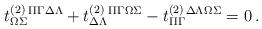
LaTeX: \begin{align*}t^{(2)}_{\Omega\Sigma}{}^{\Pi\Gamma}{}^{\Delta\Lambda} + t^{(2)}_{\Delta\Lambda}{}^{\Pi\Gamma}{}^{\Omega\Sigma}- t^{(2)}_{\Pi\Gamma}{}^{\Delta\Lambda}{}^{\Omega\Sigma} = 0 \,.\end{align*}